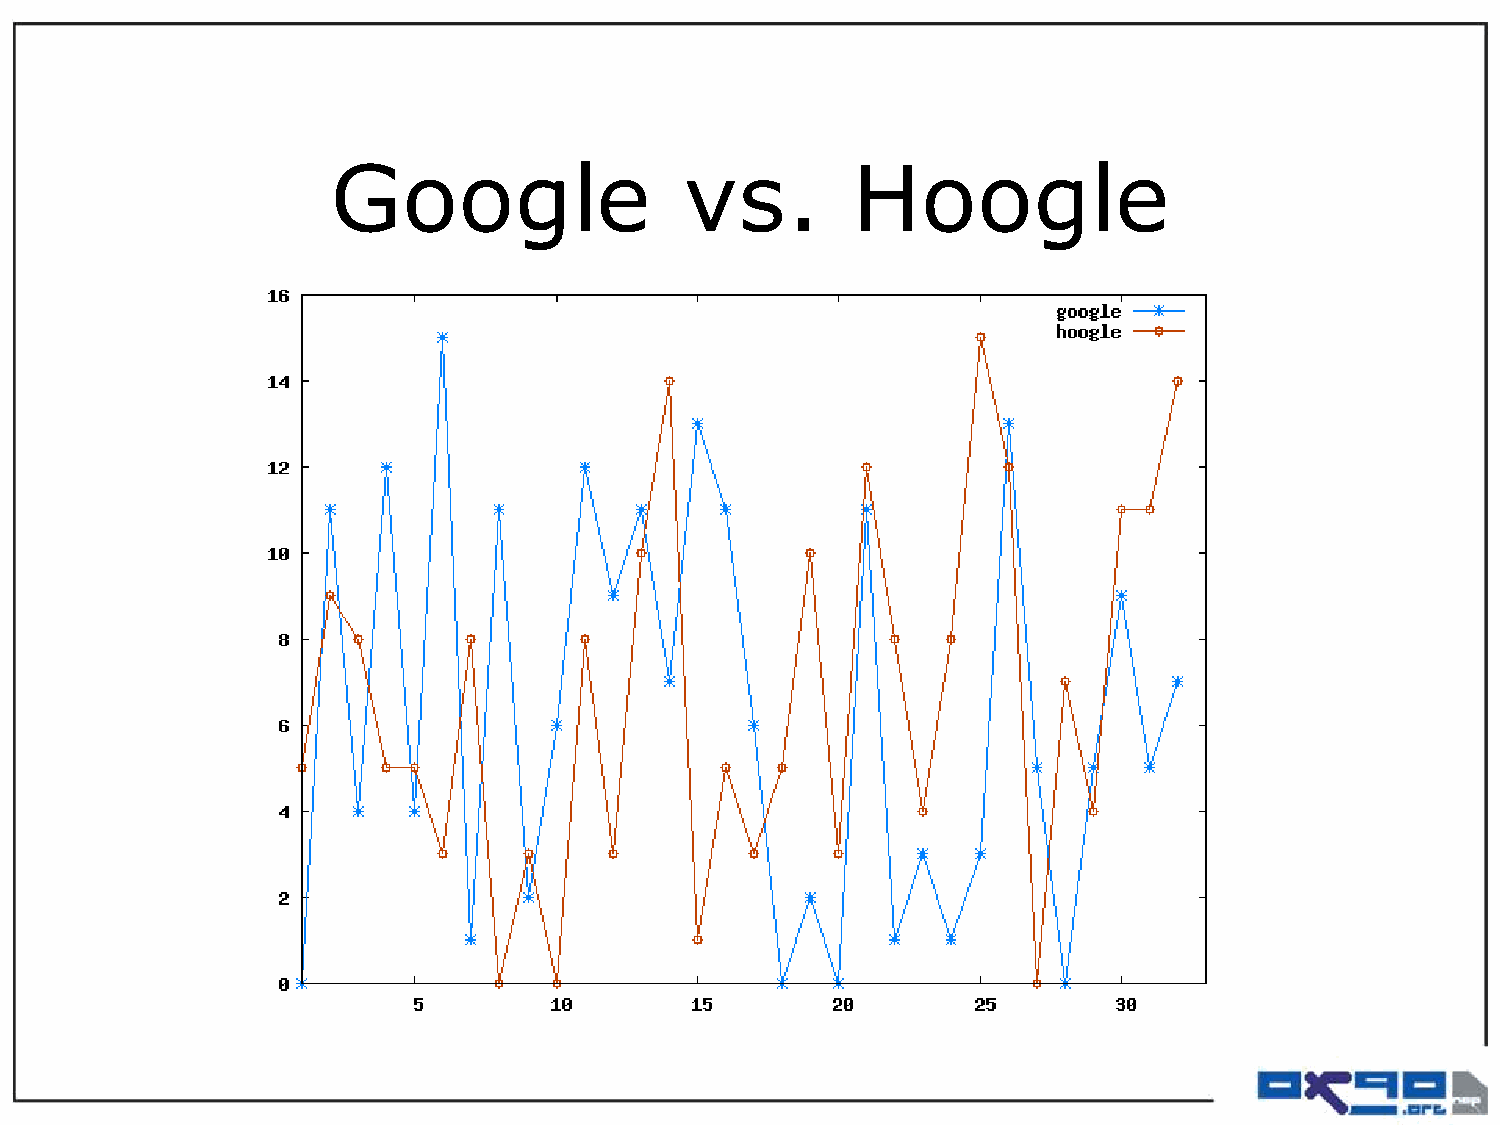
Google                 vs.        Hoogle